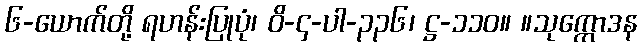
၆-ယောက်တို့ ရဟန်းပြုပုံ၊ ဝိ-၄-ပါ-၃၃၆၊ ဋ္ဌ-၁၁၀။ ။သုက္ကောဒန